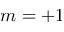
m = + 1